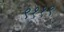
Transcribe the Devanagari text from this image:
९११९